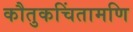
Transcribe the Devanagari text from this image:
कौतुकचिंतामणि